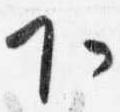
下